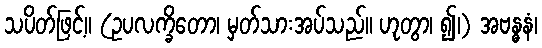
သပိတ်ဖြင့်။ (ဥပလက္ခိတော၊ မှတ်သားအပ်သည်။ ဟုတွာ၊ ၍၊) အဗန္ဓနံ၊